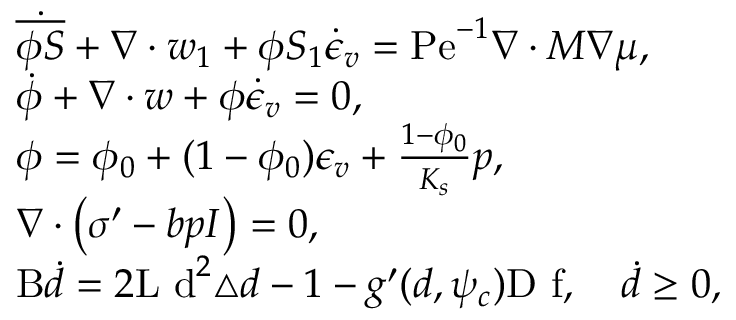
\begin{array} { r l } & { \dot { \overline { { \phi S } } } + \nabla \cdot \boldsymbol { w } _ { 1 } + \phi S _ { 1 } \dot { \epsilon } _ { v } = \mathrm { P e } ^ { - 1 } \nabla \cdot M \nabla \mu , } \\ & { \dot { \phi } + \nabla \cdot \boldsymbol { w } + \phi \dot { \epsilon } _ { v } = 0 , } \\ & { \phi = \phi _ { 0 } + ( 1 - \phi _ { 0 } ) \epsilon _ { v } + \frac { 1 - \phi _ { 0 } } { K _ { s } } p , } \\ & { \nabla \cdot \left( { \boldsymbol { \sigma } ^ { \prime } } - b p \boldsymbol { I } \right) = 0 , } \\ & { \mathrm { B } \dot { d } = 2 \mathrm { L \textsubscript ~ d } ^ { 2 } \triangle { d } - 1 - g ^ { \prime } ( d , \psi _ { c } ) \mathrm { D \textsubscript ~ f } , \quad \dot { d } \ge 0 , } \end{array}